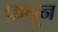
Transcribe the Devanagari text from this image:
फ़नून